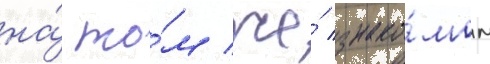
на́ то́м же́ знако́мом